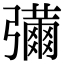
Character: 𢐶